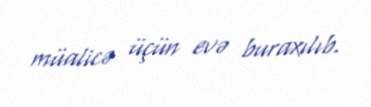
müalicə üçün evə buraxılıb.